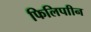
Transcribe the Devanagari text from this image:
फिलिपाीन